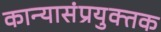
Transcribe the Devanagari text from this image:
कान्यासंप्रयुक्तक